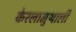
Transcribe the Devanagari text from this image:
केरलामुथाली